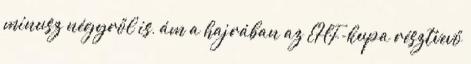
mínusz négyről is, ám a hajrában az EHF-kupa résztvevő